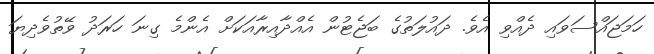
ހަމަޖައްސަވައި ދެއްވި އެވެ. ދައުލަތުގެ ބަޖެޓުން އެއްދާއިރާއަކަށް އެންމެ ގިނަ ހަރަދު ވޭތުވެދިޔަ